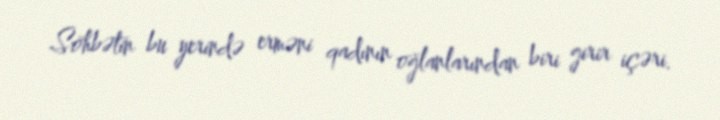
Söhbətin bu yerində erməni qadının oğlanlarından biri girir içəri.